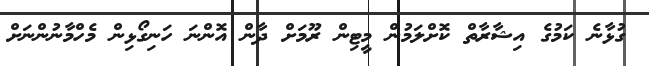
ގުޅާނެ ކަމުގެ އިޝާރާތް ކޮށްލަމުން މީޓިން ރޫމަށް ދާން އޮންނަ ހަނިގޯޅިން މެހްމާނުންނަށް